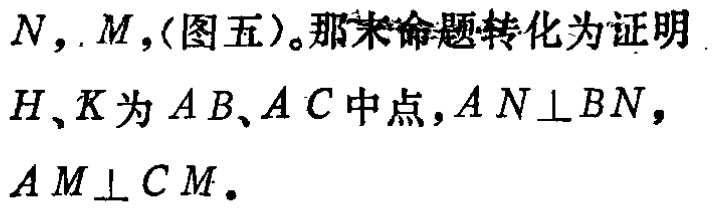
$N,M,$(图五)。那末命题转化为证明

$H、K$为$AB、AC$中点，$AN\perp BN$，

$AM\perp CM.$